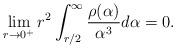
LaTeX: \begin{align*}\lim_{r \to 0^+} r^2 \int_{r/2}^{\infty} \frac{\rho(\alpha)}{\alpha^3} d\alpha = 0.\end{align*}